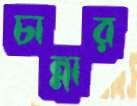
চান্নার